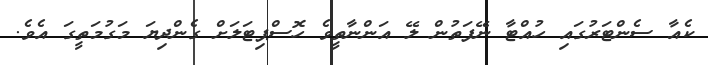
ކެއާ ސެންޓަރުގައި ހުއްޓާ ނޭފަތުން ލޭ އަންނާތީވެ ހޮސްޕިޓަލަށް ގެންދިޔަ މަގުމަތީގަ އެވެ.